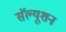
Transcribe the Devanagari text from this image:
सॅल्यूशन